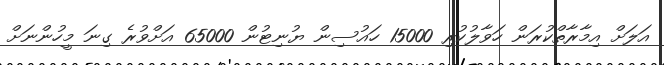
އަލަށް އިމާރާތްކުރަން ހަވާލުކުރި 15000 ހައުސިން ޔުނިޓުން 65000 އަށްވުރެ ގިނަ މީހުންނަށް